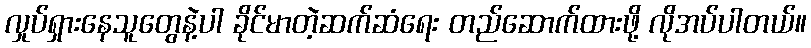
လှုပ်ရှားနေသူတွေနဲ့ပါ ခိုင်မာတဲ့ဆက်ဆံရေး တည်ဆောက်ထားဖို့ လိုအပ်ပါတယ်။